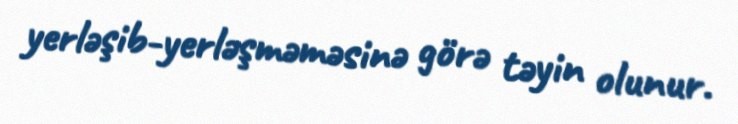
yerləşib-yerləşməməsinə görə təyin olunur.